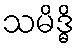
သမိဒ္ဓိ